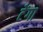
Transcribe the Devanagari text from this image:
टेंगा